Lunatic asylums Central Provinces reports 1895-1909 - 1895-1909
Year: 1895
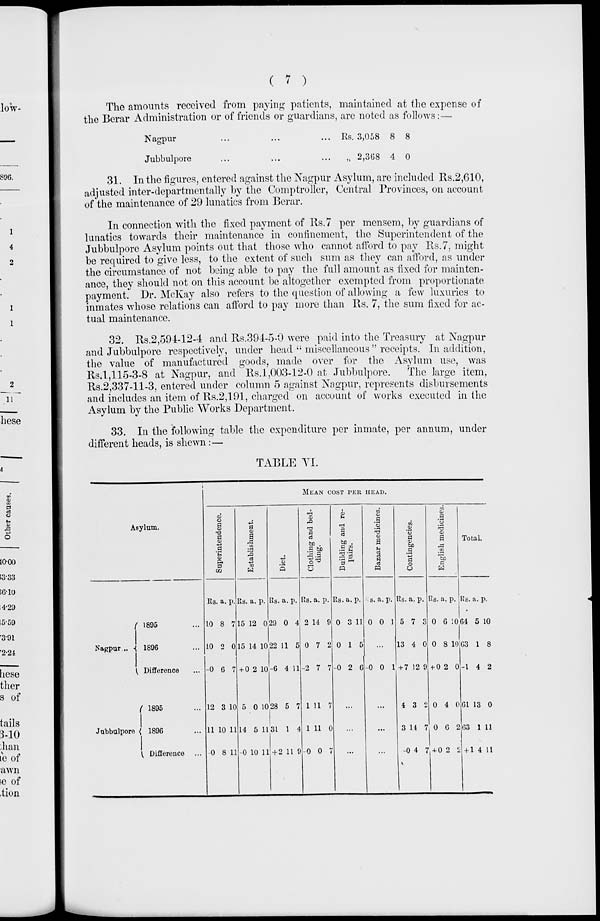
( 7 )
The amounts received from paying patients, maintained at the expense of
the Berar Administration or of friends or guardians, are noted as follows :—
Nagpur ... ... ...
Jubbulpore ... ... ...
Rs. 3,058
„ 2,368
8
4
8
0
31. In the figures, entered against the Nagpur Asylum, are included Rs.2,610,
adjusted inter-departmentally by the Comptroller, Central Provinces, on account
of the maintenance of 29 lunatics from Berar.
In connection with the fixed payment of Rs. 7 per mensem, by guardians of
lunatics towards their maintenance in confinement, the Superintendent of the
Jubbulpore Asylum points out that those who cannot afford to pay Rs.7, might
be required to give less, to the extent of such sum as they can afford, as under
the circumstance of not being able to pay the full amount as fixed for mainten-
ance, they should not on this account be altogether exempted from proportionate
payment. Dr. McKay also refers to the question of allowing a few luxuries to
inmates whose relations can afford to pay more than Rs. 7, the sum fixed for ac-
tual maintenance.
32. Rs.2,594-12-4 and Rs.394-5-0 were paid into the Treasury at Nagpur
and Jubbulpore respectively, under head " miscellaneous " receipts. In addition,
the value of manufactured goods, made over for the Asylum use, was
Rs.1,115-3-8 at Nagpur, and Rs.1,003-12-0 at Jubbulpore.
The large item,
Rs.2,337-11-3, entered under column 5 against Nagpur, represents disbursements
and includes an item of Rs.2,191, charged on account of works executed in the
Asylum by the Public Works Department.
33. In the following table the expenditure per inmate, per annum, under
different heads, is shewn :—
TABLE VI.
Asylum.
Nagpur ...
Jubbulpore
1895 ...
1896 ...
Difference ...
1895 ...
1896 ...
Difference ...
MEAN COST PER HEAD.
Superintendence.
Rs.
10
10
—0
12
11
0
a.
8
2
6
3
10
8
p.
7
0
7
10
11
11
Establishment.
Rs.
15
15
+0
5
14
—0
a.
12
14
2
0
5
10
p.
0
10
10
10
11
11
Diet.
Rs.
29
22
—6
28
31
+ 2
a.
0
11
4
5
1
11
p.
4
5
11
7
4
9
Clothing and bed-
ding.
Rs.
2
0
—2
1
1
—0
a.
14
7
7
11
11
0
p.
9
2
7
7
0
7
Building and re-
pairs.
Rs.
0
0
—0
a.
3
1
2
p.
11
5
6
...
...
...
Bazaar medicines.
Rs.
0
a.
0
p.
1
...
—0 0 1
...
...
...
Contingencies.
Rs.
5
13
+ 7
4
3
—0
a.
7
4
12
3
14
4
p.
3
0
9
2
7
7
English medicines.
Rs.
0
0
+ 0
0
0
+ 0
a.
6
8
2
4
6
2
p.
10
10
0
0
2
2
Total.
Rs.
64
63
—1
61
63
+1
a.
5
1
4
13
1
4
p.
10
8
2
0
11
11